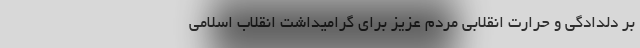
بر دلدادگی و حرارت انقلابی مردم عزیز برای گرامیداشت انقلاب اسلامی